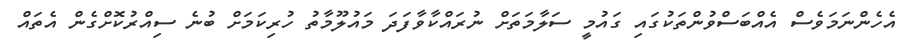
އެހެންނަމަވެސް އެއްބަސްވުންތަކުގައި ގައުމީ ސަލާމަތަށް ނުރައްކާވާފަދަ މައުލޫމާތު ހުރިކަމަށް ބުނެ ސިއްރުކޮށްގެން އެތައް